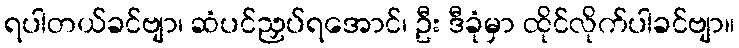
ရပါတယ်ခင်ဗျာ၊ ဆံပင်ညှပ်ရအောင်၊ ဦး ဒီခုံမှာ ထိုင်လိုက်ပါခင်ဗျာ။